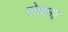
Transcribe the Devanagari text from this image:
रोचना